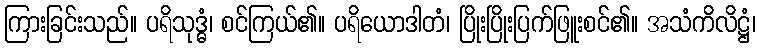
ကြားခြင်းသည်။ ပရိသုဒ္ဓံ၊ စင်ကြယ်၏။ ပရိယောဒါတံ၊ ပြိုးပြိုးပြက်ဖြူးစင်၏။ အသံကိလိဋ္ဌံ၊